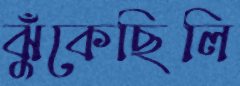
ঝুঁকেছিলি